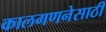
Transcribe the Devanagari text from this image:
कालगणनेसाठी